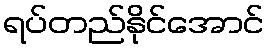
ရပ်တည်နိုင်အောင်